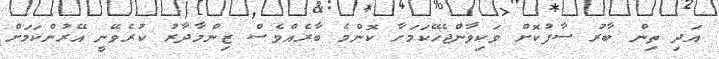
އަދި ތިން ބާރު ސާފުކޮށް ވަކިވާންޖެހޭކަމަށާ ކޮންމެ ބާރެއްވެސް ޒިންމާދާރު ކުރެވޭނީ އޭރުންކަމަށް